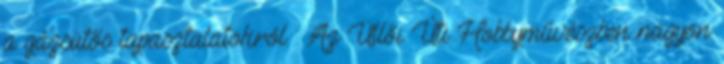
a gázsütős tapasztalatokról. : Az Üllői Úti Hobbyművészben nagyon